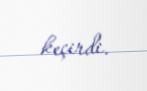
keçirdi.